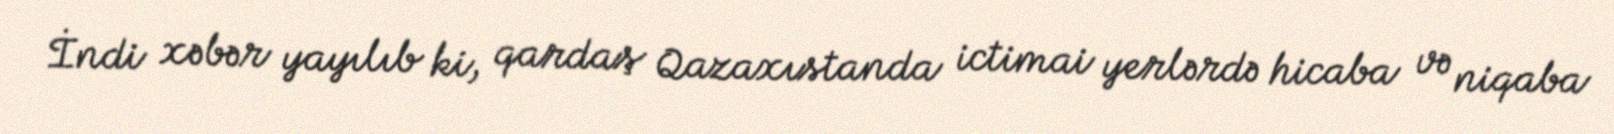
İndi xəbər yayılıb ki, qardaş Qazaxıstanda ictimai yerlərdə hicaba və niqaba